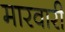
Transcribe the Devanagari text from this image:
मारवारी